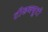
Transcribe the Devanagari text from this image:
टीडब्ल्यूटी